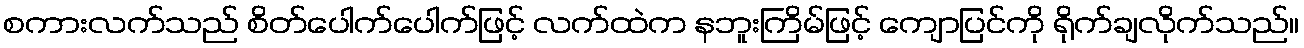
စကားလက်သည် စိတ်ပေါက်ပေါက်ဖြင့် လက်ထဲက နဘူးကြိမ်ဖြင့် ကျောပြင်ကို ရိုက်ချလိုက်သည်။